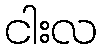
ငါးလ